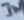
Text: IN